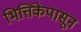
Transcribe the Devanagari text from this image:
भित्तिकेपासून